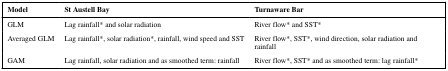
| Model | St Austell Bay | Turnaware Bar |
 | --- | --- | --- |
 | GLM | Lag rainfall* and solar radiation | River flow* and SST* |
 | Averaged GLM | Lag rainfall*, solar radiation*, rainfall, wind speed and SST | River flow*, SST*, wind direction, solar radiation and rainfall |
 | GAM | Lag rainfall, solar radiation and as smoothed term: rainfall | River flow*, SST* and as smoothed term: lag rainfall* |